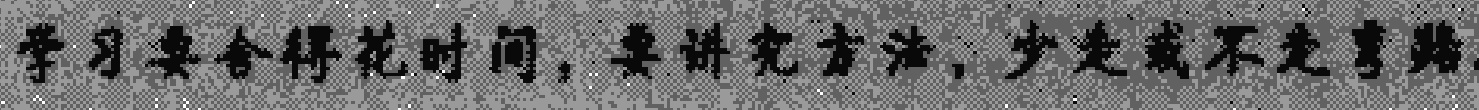
学习要舍得花时间，要讲究方法，少走或不走弯路